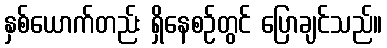
နှစ်ယောက်တည်း ရှိနေစဉ်တွင် ပြောချင်သည်။